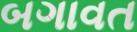
બગાવત